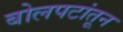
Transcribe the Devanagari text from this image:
बोलपटांतून